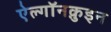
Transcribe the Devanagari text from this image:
ऐल्गॉनक़ुइन